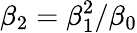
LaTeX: \beta_{2}=\beta_{1}^{2}/\beta_{0}